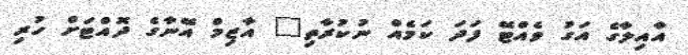
އާއިލާގެ އަގު ވެއްޓޭ ފަދަ ކަމެއް ނުކުރާތި" އާޒިމް އޭނާގެ ދޮއްޓަށް ހުރި